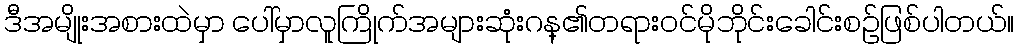
ဒီအမျိုးအစားထဲမှာ ပေါ်မှာလူကြိုက်အများဆုံးဂန္၏တရားဝင်မိုဘိုင်းခေါင်းစဉ်ဖြစ်ပါတယ်။